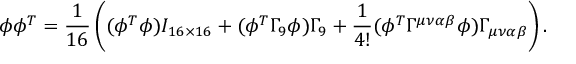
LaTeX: \phi \phi ^ { T } = \frac { 1 } { 1 6 } \left( ( \phi ^ { T } \phi ) I _ { 1 6 \times 1 6 } + ( \phi ^ { T } \Gamma _ { 9 } \phi ) \Gamma _ { 9 } + \frac { 1 } { 4 ! } ( \phi ^ { T } \Gamma ^ { \mu \nu \alpha \beta } \phi ) \Gamma _ { \mu \nu \alpha \beta } \right) .